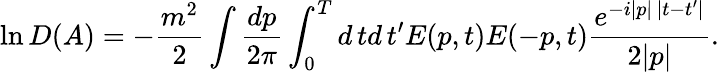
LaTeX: \ln D(A)=-\frac{m^{2}}2\int\frac{dp}{2\pi}\int_{0}^{T}d\, td\, t^{\prime}E(p,t)E(-p,t)\frac{e^{-i|p|\, |t-t^{\prime}|}}{2|p|}.